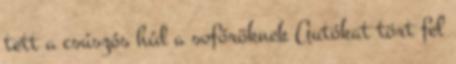
tett a csúszós híd a sofőröknek Autókat tört fel